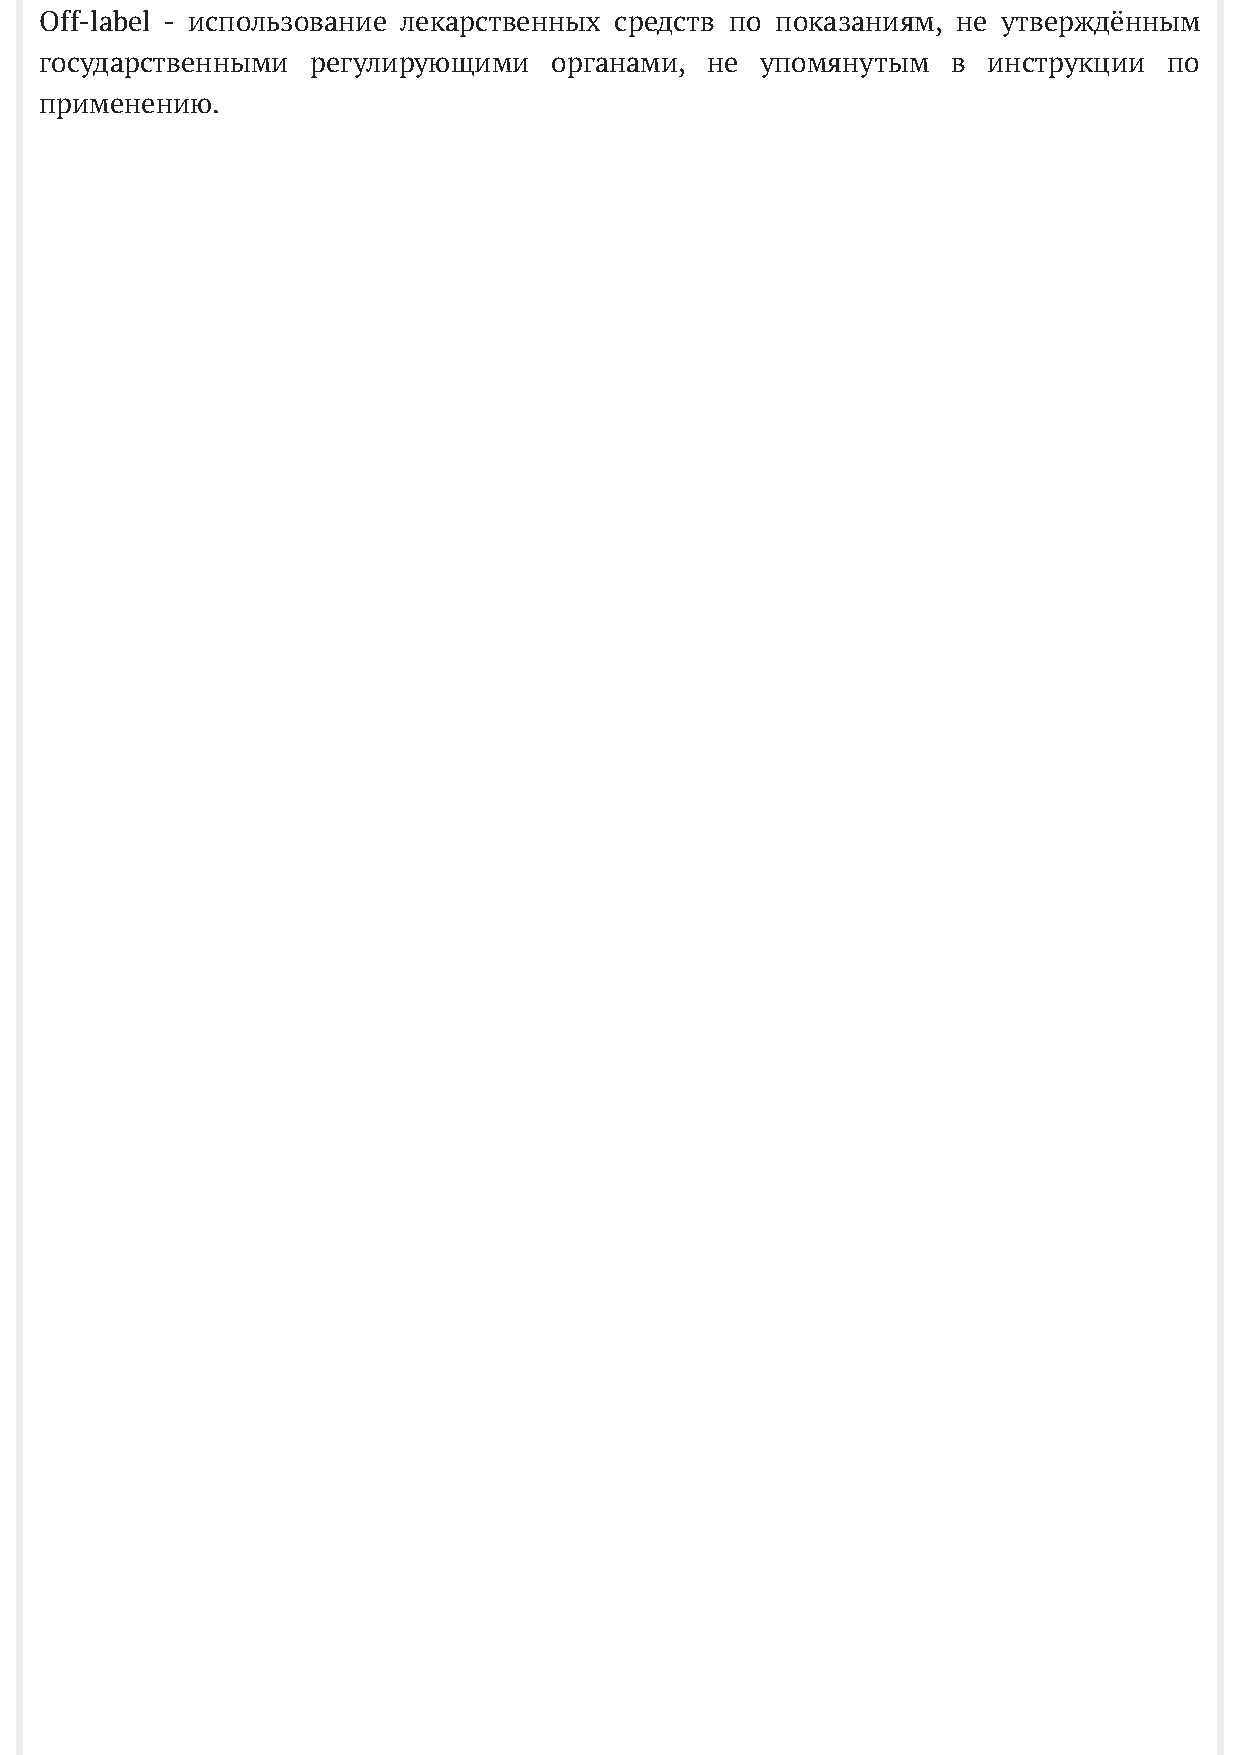
Off-label - использование лекарственных средств по показаниям, не утверждённым
 государственными  регулирующими  органами,  не упомянутым   в инструкции  по
 применению.